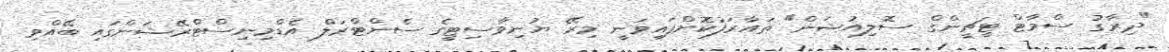
"ދިރާގު ސްމާޓް ޓީޗީންގް ސޮލިއުޝަން" ތައާރަފުކޮށްފައިވަނީ މިރޭ ޔުނިވާސިޓީގެ ސެންޓްރަލް އެޑްމިނިސްޓްރޭޝަންގައި ބޭއްވި